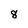
Character: 8